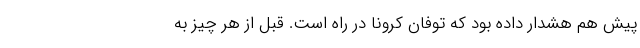
پیش هم هشدار داده بود که توفان کرونا در راه است. قبل از هر چیز به